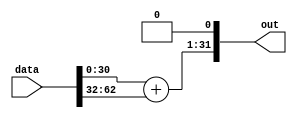
module DoubleSimpleArray(
  input wire [63:0] data,
  output wire [31:0] out
);
  wire [31:0] data_unflattened[0:1];
  assign data_unflattened[0] = data[31:0];
  assign data_unflattened[1] = data[63:32];
  wire [31:0] tuple_index_210;
  wire [31:0] tuple_index_211;
  wire [30:0] add_214;
  assign tuple_index_210 = data_unflattened[1'h0][31:0];
  assign tuple_index_211 = data_unflattened[1'h1][31:0];
  assign add_214 = tuple_index_210[30:0] + tuple_index_211[30:0];
  assign out = {{add_214, 1'h0}};
endmodule